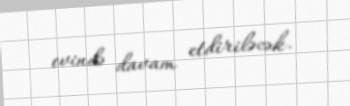
evində davam etdiriləcək.